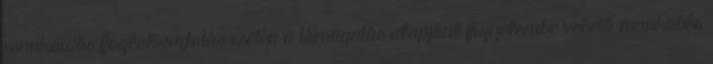
munkaidős foglalkoztatás esetén a támogatás alapjául figyelembe vehető munkabér